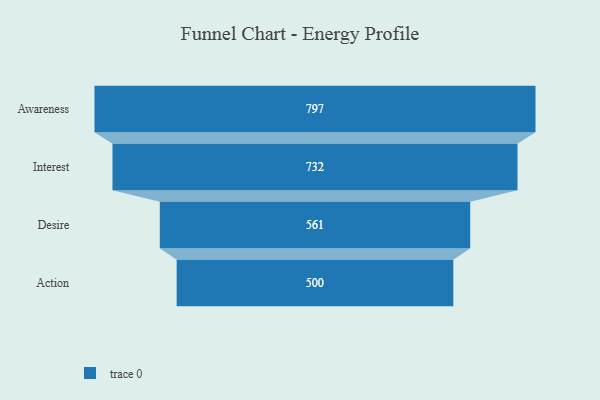
{"axis": {"x": "Stage", "y": "Value"}, "legend": [""], "data": [{"x": "Awareness", "y": 797.0, "type": ""}, {"x": "Interest", "y": 732.0, "type": ""}, {"x": "Desire", "y": 561.0, "type": ""}, {"x": "Action", "y": 500, "type": ""}]}